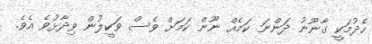
ހެދުމަކީ ގާނޫނު ދަންނަ ކަމެއް ނޫން ކަމަށް ވެސް ވަކީލުން ވިދާޅުވެ އެވެ.